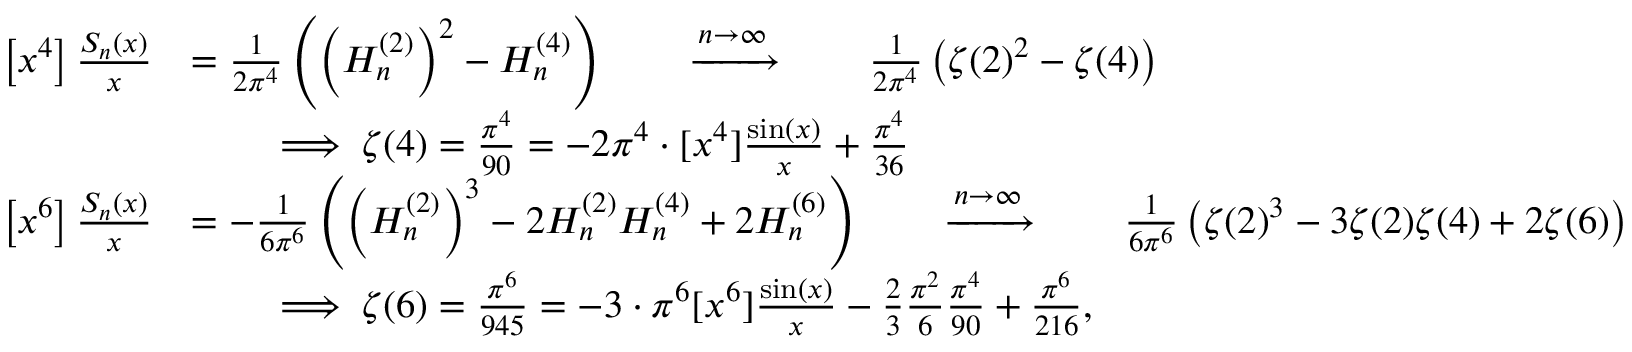
{ \begin{array} { r l } { \left[ x ^ { 4 } \right] { \frac { S _ { n } ( x ) } { x } } } & { = { \frac { 1 } { 2 \pi ^ { 4 } } } \left( \left( H _ { n } ^ { ( 2 ) } \right) ^ { 2 } - H _ { n } ^ { ( 4 ) } \right) \qquad \xrightarrow { n \rightarrow \infty } \qquad { \frac { 1 } { 2 \pi ^ { 4 } } } \left( \zeta ( 2 ) ^ { 2 } - \zeta ( 4 ) \right) } \\ & { \qquad \implies \zeta ( 4 ) = { \frac { \pi ^ { 4 } } { 9 0 } } = - 2 \pi ^ { 4 } \cdot [ x ^ { 4 } ] { \frac { \sin ( x ) } { x } } + { \frac { \pi ^ { 4 } } { 3 6 } } } \\ { \left[ x ^ { 6 } \right] { \frac { S _ { n } ( x ) } { x } } } & { = - { \frac { 1 } { 6 \pi ^ { 6 } } } \left( \left( H _ { n } ^ { ( 2 ) } \right) ^ { 3 } - 2 H _ { n } ^ { ( 2 ) } H _ { n } ^ { ( 4 ) } + 2 H _ { n } ^ { ( 6 ) } \right) \qquad \xrightarrow { n \rightarrow \infty } \qquad { \frac { 1 } { 6 \pi ^ { 6 } } } \left( \zeta ( 2 ) ^ { 3 } - 3 \zeta ( 2 ) \zeta ( 4 ) + 2 \zeta ( 6 ) \right) } \\ & { \qquad \implies \zeta ( 6 ) = { \frac { \pi ^ { 6 } } { 9 4 5 } } = - 3 \cdot \pi ^ { 6 } [ x ^ { 6 } ] { \frac { \sin ( x ) } { x } } - { \frac { 2 } { 3 } } { \frac { \pi ^ { 2 } } { 6 } } { \frac { \pi ^ { 4 } } { 9 0 } } + { \frac { \pi ^ { 6 } } { 2 1 6 } } , } \end{array} }